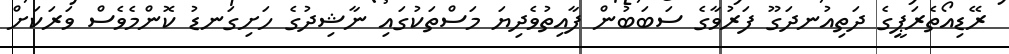
ރޭޑިއޯތެރަޕީގެ ދަތިއުނދަގޫ ފަރުވާގެ ސަބަބުން ފާއިތުވެދިޔަ މަސްތަކުގައި ނާޝިދުގެ ހަށިގަނޑު ކޮންމެވެސް ވަރަކަށް